Report of the Municipal Commissioner on the plague in Bombay for the year ending 31st May... - Volume 3
Disease focus: Plague
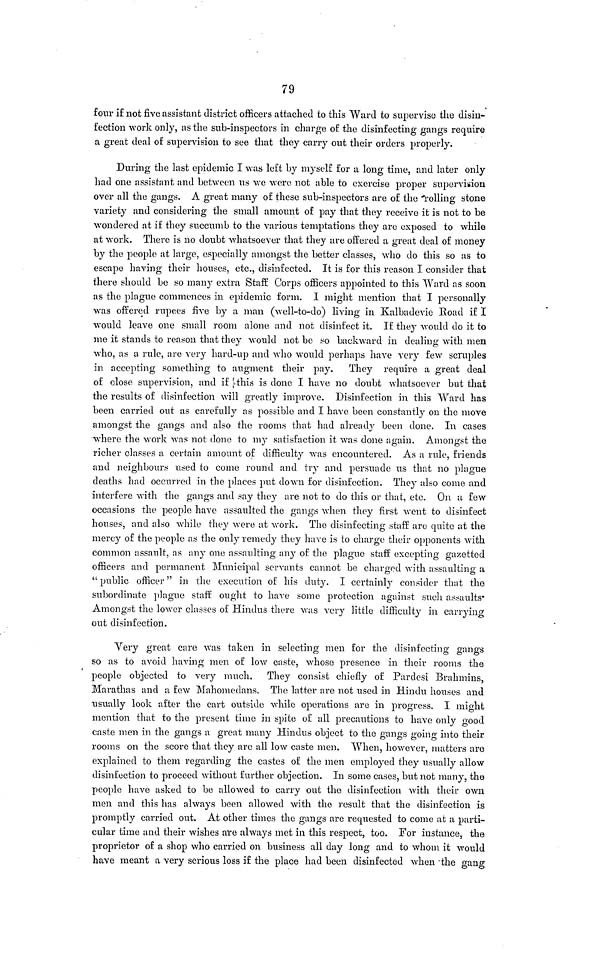
79
four if not five assistant district officers attached to this Ward to supervise the disin-
fection work only, as the sub-inspectors in charge of the disinfecting gangs require
a great deal of supervision to see that they carry out their orders properly.
During the last epidemic I was left by myself for a long time, and later only
had one assistant and between us we were not able to exercise proper supervision
over all the gangs. A great many of these sub-inspectors are of the rolling stone
variety and considering the small amount of pay that they receive it is not to be
wondered at if they succumb to the various temptations they are exposed to while
at work. There is no doubt whatsoever that they are offered a great deal of money
by the people at large, especially amongst the better classes, who do this so as to
escape having their houses, etc., disinfected. It is for this reason I consider that
there should be so many extra Staff Corps officers appointed to this Ward as soon
as the plague commences in epidemic form. I might mention that I personally
was offered rupees five by a man (well-to-do) living in Kalbadevie Road if I
would leave one small room alone and not disinfect it. If they would do it to
me it stands to reason that they would not be so backward in dealing with men
who, as a rule, are very hard-up and who would perhaps have very few scruples
in accepting something to augment their pay. They require a great deal
of close supervision, and if this is done I have no doubt whatsoever but that
the results of disinfection will greatly improve. Disinfection in this Ward has
been carried out as carefully as possible and I have been constantly on the move
amongst the gangs and also the rooms that had already been done. In cases
where the work was not done to my satisfaction it was done again. Amongst the
richer classes a certain amount of difficulty was encountered. As a rule, friends
and neighbours used to come round and try and persuade ITS that no plague
deaths had occurred in the places put down for disinfection. They also come and
interfere with the gangs and say they are not to do this or that, etc. On a few
occasions the people have assaulted the gangs when they first went to disinfect
houses, and also while they were at work. The disinfecting staff are quite at the
mercy of the people as the only remedy they have is to charge their opponents with
common assault, as any one assaulting any of the plague staff excepting gazetted
officers and permanent Municipal servants cannot be charged with assaulting a
" public officer" in the execution of his duty. I certainly consider that the
subordinate plague staff ought to have some protection against such assaults
Amongst the lower classes of Hindus there was very little difficulty in carrying
out disinfection.
Very great care was taken in selecting men for the disinfecting gangs
so as to avoid having men of low caste, whose presence in their rooms the
people objected to very much. They consist chiefly of Pardesi Brahmins,
Marathas and a few Mahomedans. The latter are not used in Hindu houses and
usually look after the cart outside while operations are in progress. I might
mention that to the present time in spite of all precautions to have only good
caste men in the gangs a great many Hindus object to the gangs going into their
rooms on the score that they are all low caste men. When, however, matters are
explained to them regarding the castes of the men employed they usually allow
disinfection to proceed without further objection. In some cases, but not many, the
people have asked to be allowed to carry out the disinfection with their own
men and this has always been allowed with the result that the disinfection is
promptly carried out. At other times the gangs are requested to come at a parti-
cular time and their wishes are always met in this respect, too. For instance, the
proprietor of a shop who carried on business all day long and to whom it would
have meant a very serious loss if the place had been disinfected when the gang